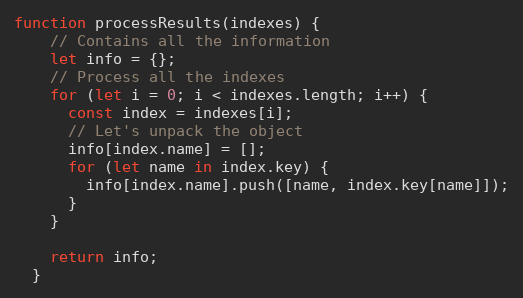
Language: JavaScript
function processResults(indexes) {
    // Contains all the information
    let info = {};
    // Process all the indexes
    for (let i = 0; i < indexes.length; i++) {
      const index = indexes[i];
      // Let's unpack the object
      info[index.name] = [];
      for (let name in index.key) {
        info[index.name].push([name, index.key[name]]);
      }
    }

    return info;
  }